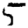
Digit: 5